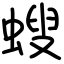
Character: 螋